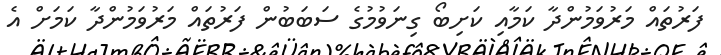
ފަރުތައް މަރުވަމުންދާ ކަމާއި ކަށިބޯ ގިނަވުމުގެ ސަބަބުން ފަރުތައް މަރުވަމުންދާ ކަމަށް އެ